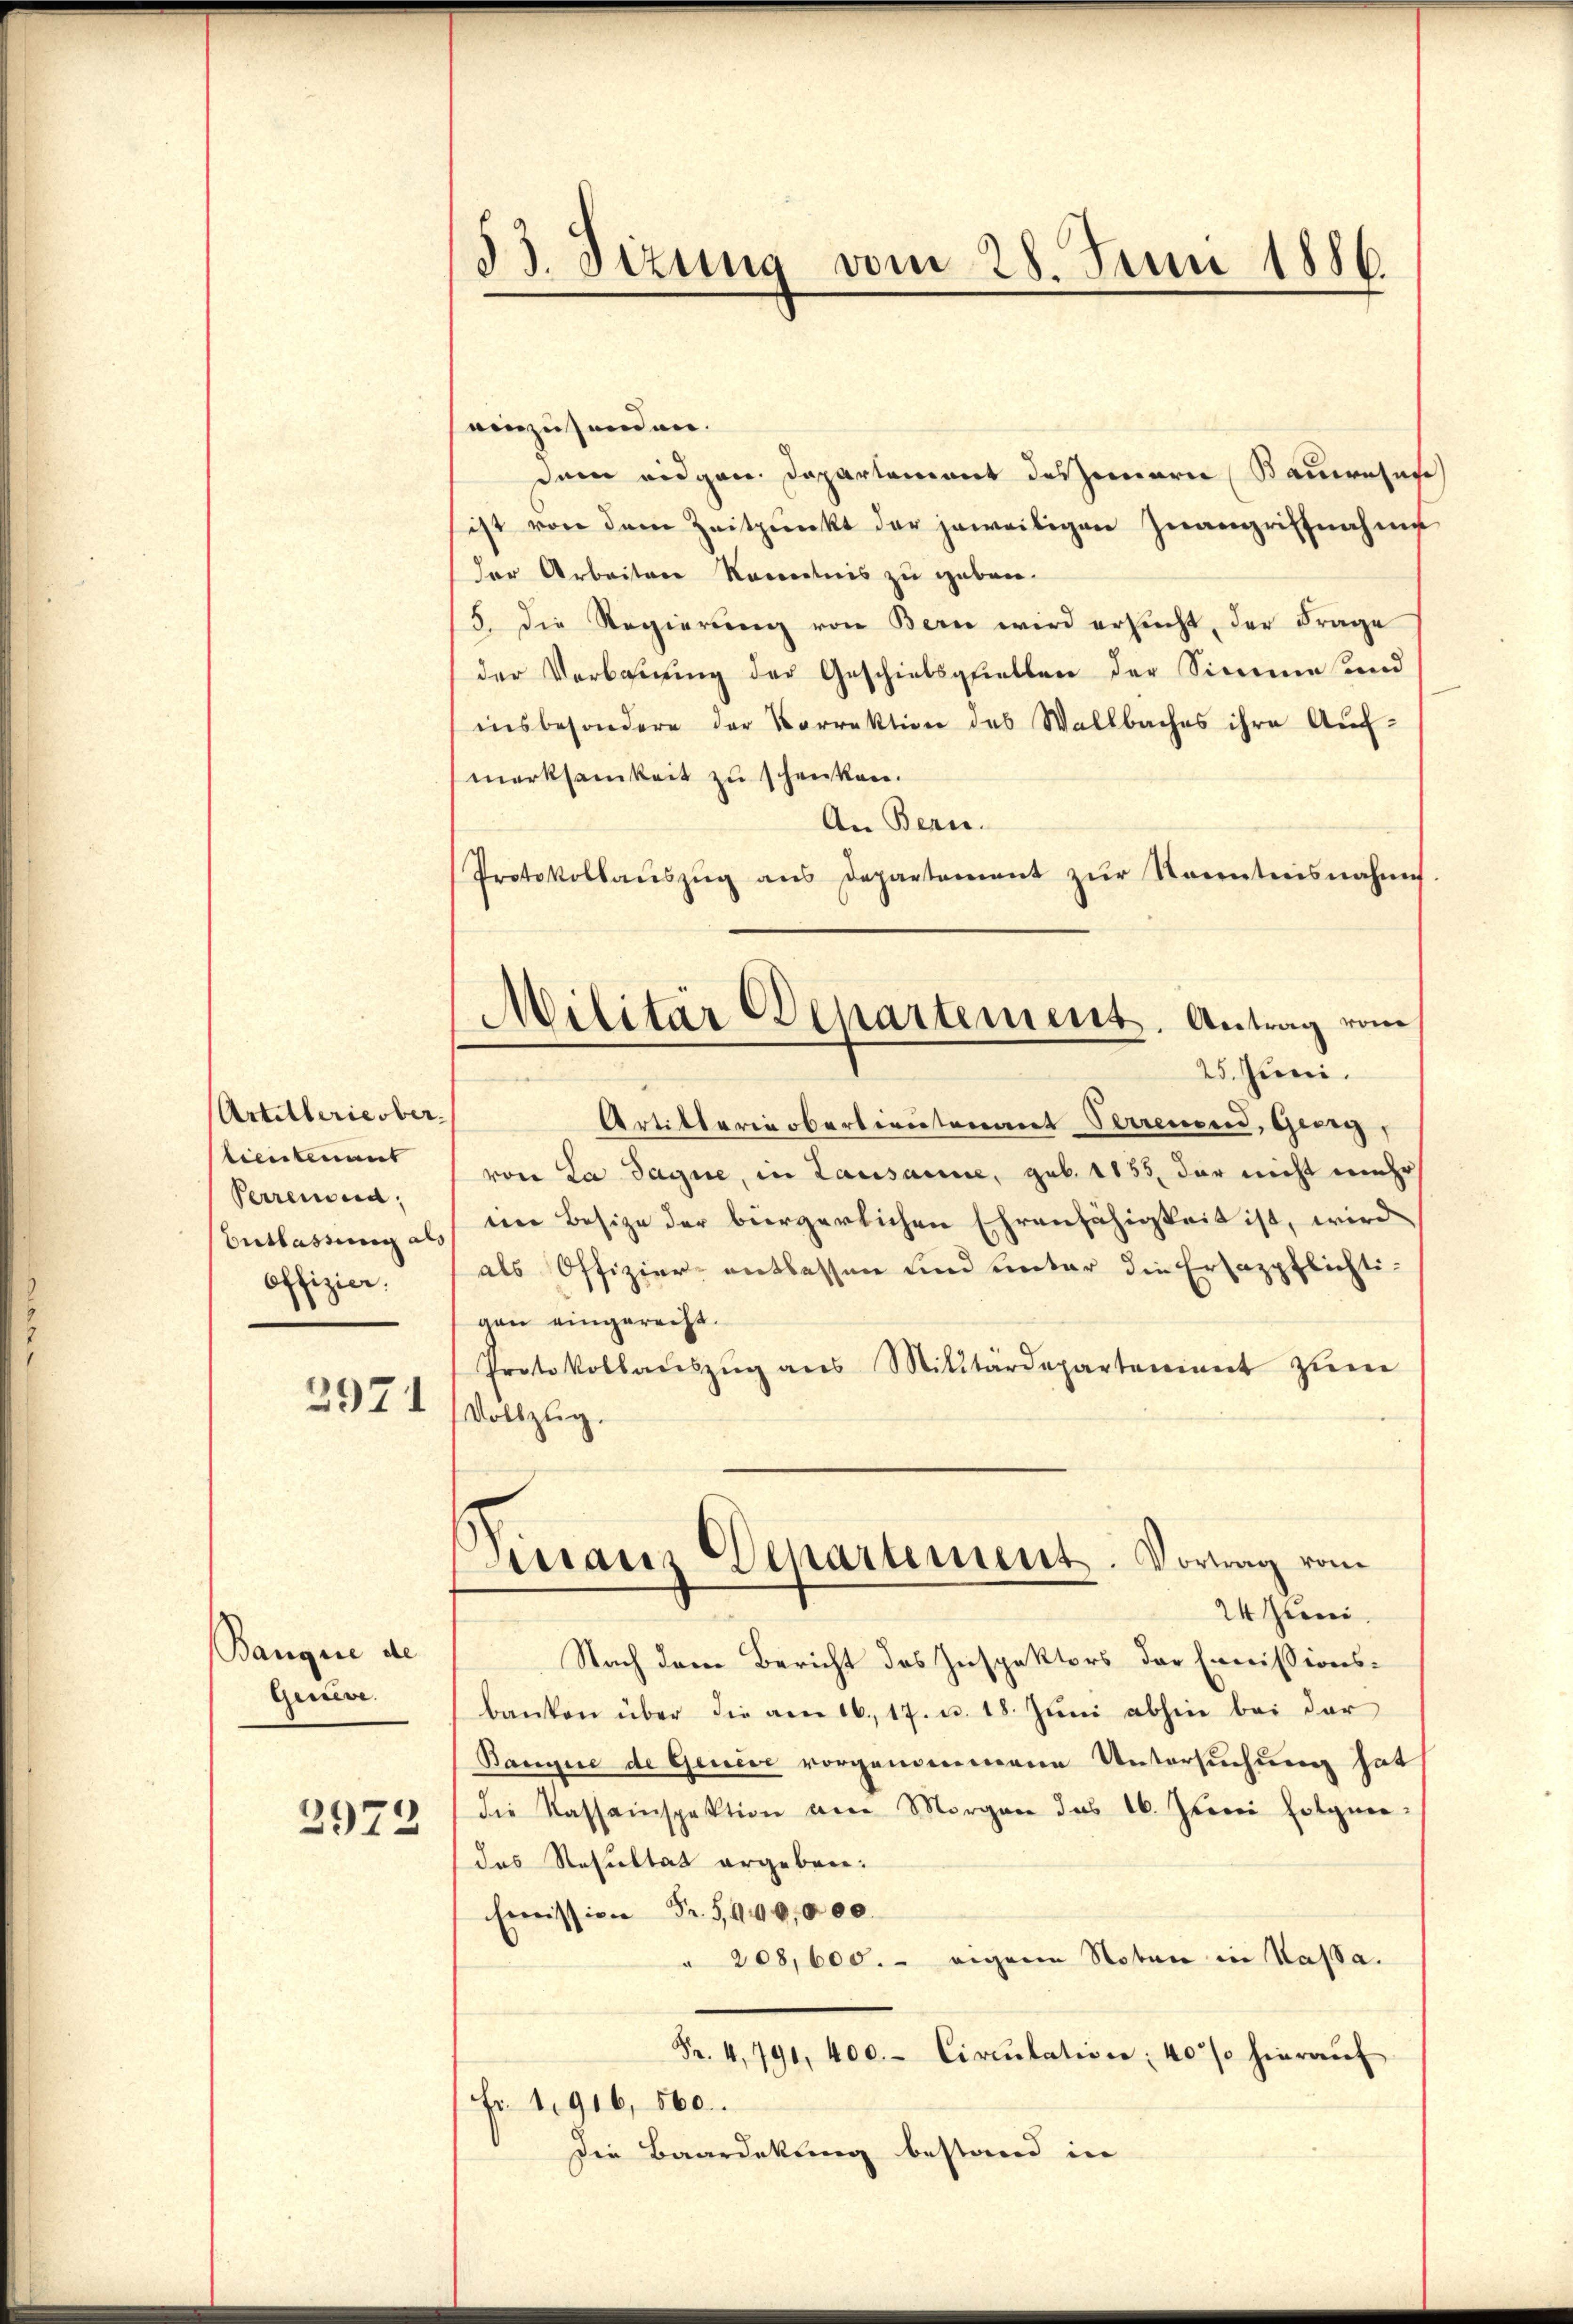
Artillerie ober.
tientenant
Perrensna,
Entlassung als
offizier.
2971

Banque de
Geneve.
2972

83. Sizung vom 28. Juni 1886.

Militär Departement. Antrag vom
25. Juni.

einzusenden.
dem eidgen. Departement des jenern Baumesas
ist von dem Zeitpunkt der jeweiligen Zwangriffnahme
der Arbeiten Kenntnis zu geben.
/5. die Regierŭng von Bern wird ersŭcht, der Frage
der Verbauung der Geschiebsquellen der Simme und
insbesondere der Korrektion des Wallbaches ihre Aŭf-
merksamkeit zu schenken.
An Bern.
Protokollaŭszŭg ans Departement zŭr Kenntnisnahme
Artillerin oberterntenant Perrenen, Georg,
von La Sagne, in Lausanne, geb. 1155, der nicht mehr
im Besize der bürgerlichen Ehrenfähigkeit ist, wird
als Offizier entlassen und unter die Ersazpflichtivon eingerecht.
Protokollaŭszŭg ans Militärdepartement zŭm
Vollzug.
maus Departement. Vortrag vom
24 Juni.
Nach dem Bericht des Inspektors der Emmissionsbanken über die am 16. 17. u. 18. Jŭni abhin bei der
Bangire de Genier vorgenommene Untersuchung hat
die Kassainspektion am Morgen das 16. Junii Eolgen
das Resultat ergeben:
Emission Fr. 5940,000.
 208,600.- eigene Noten in Kassa.
Fr. 4, 791, 400.- Circulation; 40% hieraŭf
Fr. 1916, 560.
Die Baardekung bestand in